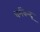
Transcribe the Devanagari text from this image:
धर्मकेन्द्र